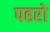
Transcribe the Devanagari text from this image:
पहरो